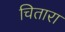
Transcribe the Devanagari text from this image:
चितारा